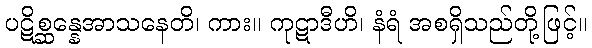
ပဋိစ္ဆန္နေအာသနေတိ၊ ကား။ ကုဋာဒီဟိ၊ နံရံ အစရှိသည်တို့ဖြင့်။